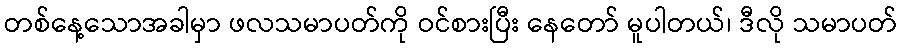
တစ်နေ့သောအခါမှာ ဖလသမာပတ်ကို ဝင်စားပြီး နေတော် မူပါတယ်၊ ဒီလို သမာပတ်